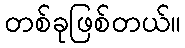
တစ်ခုဖြစ်တယ်။